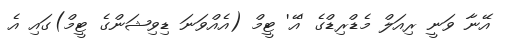
އޭނާ ވަނީ ރިއަލް މެޑްރިޑްގެ 'އޭ' ޓީމް (އެއްވަނަ ޑިވިޝަންގެ ޓީމް)ގައި އެ